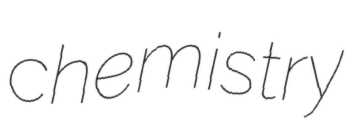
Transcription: chemistry